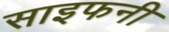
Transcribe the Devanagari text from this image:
साइफनी